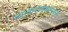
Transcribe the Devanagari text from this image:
व्याकरणकारांस